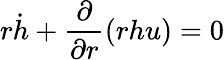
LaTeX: r\dot{h}+\frac{\partial}{\partial r}(rhu)=0